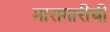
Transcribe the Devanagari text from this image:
मारामारीची